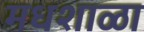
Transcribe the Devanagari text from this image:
मधशाळा